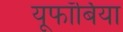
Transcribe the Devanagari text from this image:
यूफॉर्बिया